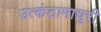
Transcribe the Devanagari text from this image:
उत्कंठामाधुरी